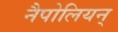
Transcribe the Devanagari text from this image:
नैपोलियन्